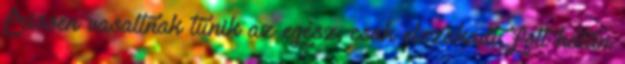
frissen vasaltnak tűnik az egész, csak elszakadt, folt hátán